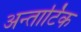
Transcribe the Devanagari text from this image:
अन्तार्टिक